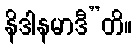
နိဒါနမာဒီ”တိ။